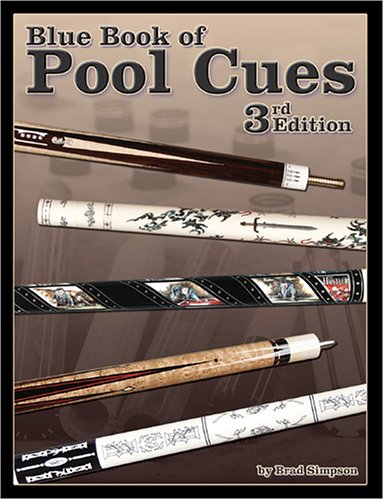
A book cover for Blue Book of Pool Cues, 3rd Edition; Brad Simpson; Sports & Outdoors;